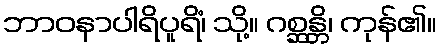
ဘာဝနာပါရိပူရိံ၊ သို့။ ဂစ္ဆန္တိ၊ ကုန်၏။